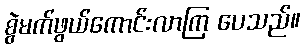
စွဲမက်ဖွယ်ကောင်းလာကြ ပေသည်။